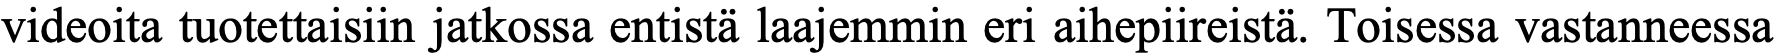
videoita tuotettaisiin jatkossa entistä laajemmin eri aihepiireistä. Toisessa vastanneessa